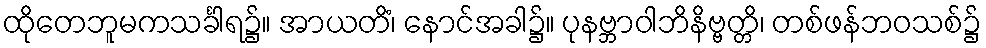
ထိုတေဘူမကသင်္ခါရ၌။ အာယတိံ၊ နောင်အခါ၌။ ပုနဗ္ဘာဝါဘိနိဗ္ဗတ္တိ၊ တစ်ဖန်ဘဝသစ်၌